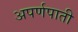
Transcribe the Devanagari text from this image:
अपर्णपाती